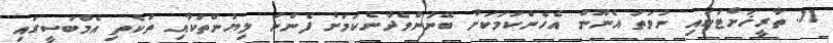
11. ތާރީޚަށްޓަކައި ނުވަތަ އެނޫން އެހެންކަމަކަށް ބޭނުންވެދާނެކަމަށް ފެންނަ ލިޔުންތަކާއި ތަކެތި އެމްބަސީގައި